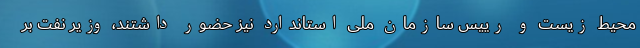
محیط زیست و رییس سازمان ملی استاندارد نیز حضور داشتند، وزیر نفت بر